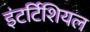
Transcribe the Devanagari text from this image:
इंटर्टिशियल